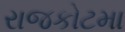
રાજકોટમા